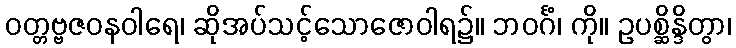
ဝတ္တဗ္ဗဇဝနဝါရေ၊ ဆိုအပ်သင့်သောဇောဝါရ၌။ ဘဝင်္ဂံ၊ ကို။ ဥပစ္ဆိန္ဒိတွာ၊